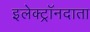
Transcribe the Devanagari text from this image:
इलेक्ट्रॉनदाता